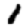
Digit: 1